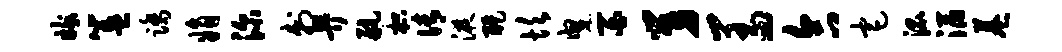
嫁簋踏娟深刺畀航枳倩液醍坎曳百舅羞合宅混滔巷